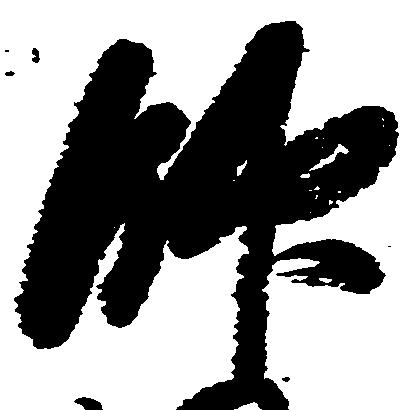
帥